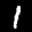
Label: 1